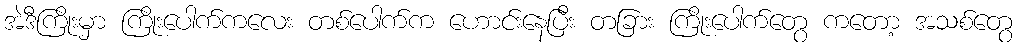
အဲဒီကြိုးမှာ ကြိုးပေါက်ကလေး တစ်ပေါက်က ဟောင်းနေပြီး တခြား ကြိုးပေါက်တွေ ကတော့ အသစ်တွေ